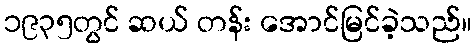
၁၉၃၅တွင် ဆယ် တန်း အောင်မြင်ခဲ့သည်။